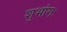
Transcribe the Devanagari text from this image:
शुभांगः